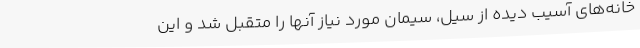
خانه‌های آسیب دیده از سیل، سیمان مورد نیاز آنها را متقبل شد و این